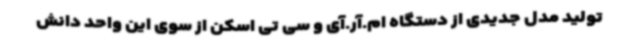
تولید مدل جدیدی از دستگاه ام.آر.آی و سی تی اسکن از سوی این واحد دانش